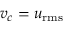
v _ { c } = u _ { \mathrm { r m s } }